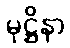
မုဋ္ဌိနာ